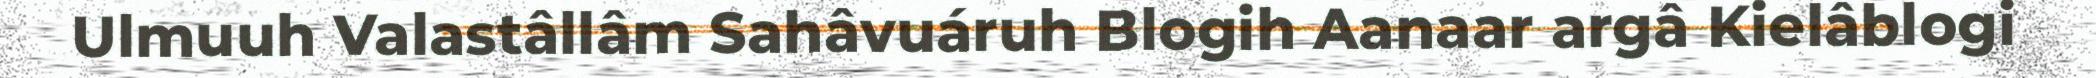
Ulmuuh Valastâllâm Sahâvuáruh Blogih Aanaar argâ Kielâblogi